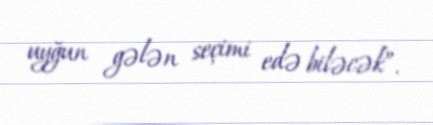
uyğun gələn seçimi edə biləcək”.